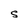
Character: S